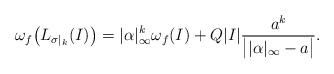
LaTeX: \begin{align*}\omega_f \big(L_{\sigma|_k}(I)\big) = |\alpha|_\infty ^k \omega_f(I) + Q |I| \frac{a^k}{\big||\alpha|_\infty -a\big|}.\end{align*}